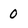
Character: 0